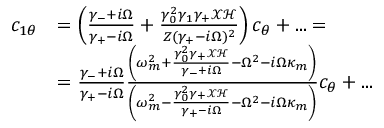
\begin{array} { r l } { c _ { 1 \theta } } & { = \left( \frac { \gamma _ { - } + i \Omega } { \gamma _ { + } - i \Omega } + \frac { \gamma _ { 0 } ^ { 2 } \gamma _ { 1 } \gamma _ { + } \mathcal { X } \mathcal { H } } { Z ( \gamma _ { + } - i \Omega ) ^ { 2 } } \right) c _ { \theta } + . . . = } \\ & { = \frac { \gamma _ { - } + i \Omega } { \gamma _ { + } - i \Omega } \frac { \left( \omega _ { m } ^ { 2 } + \frac { \gamma _ { 0 } ^ { 2 } \gamma _ { + } \mathcal { X } \mathcal { H } } { \gamma _ { - } + i \Omega } - \Omega ^ { 2 } - i \Omega \kappa _ { m } \right) } { \left( \omega _ { m } ^ { 2 } - \frac { \gamma _ { 0 } ^ { 2 } \gamma _ { + } \mathcal { X } \mathcal { H } } { \gamma _ { + } - i \Omega } - \Omega ^ { 2 } - i \Omega \kappa _ { m } \right) } c _ { \theta } + . . . } \end{array}